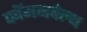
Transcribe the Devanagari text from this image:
कॉमनवेल्‍थ